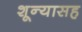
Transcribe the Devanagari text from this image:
शून्यासह